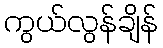
ကွယ်လွန်ချိန်